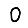
Digit: 0